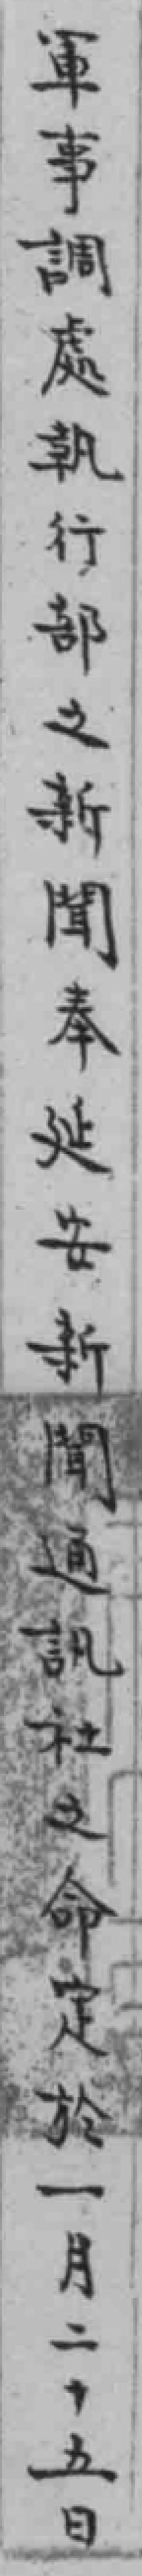
軍事調處執行部之新聞奉延安新聞通訊社之命定於一月二十五日